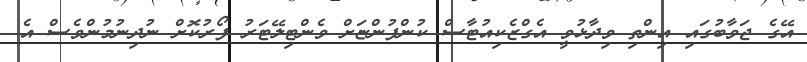
އޭގެ ޖަވާބުގައި އިންތި ވިދާޅުވީ އެގްޒެކިއުޓާސް ކުންފުންޏަށް ވެންޓިލޭޓަރު ފޯރުކޮށް ނުދިނުމުންވެސް އެ